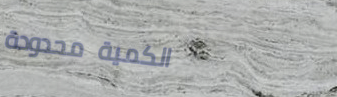
الكمية محدودة